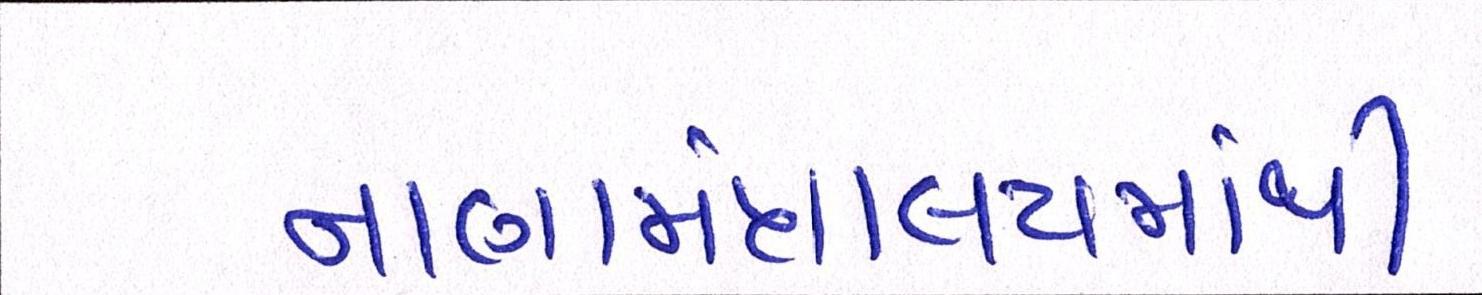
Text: નાણામંત્રાલયમાંથી